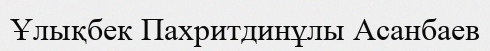
Ұлықбек Пахритдинұлы Асанбаев